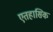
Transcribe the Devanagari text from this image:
एतहासिक